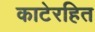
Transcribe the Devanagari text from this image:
काटेरहित